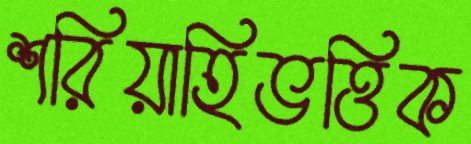
শরিয়াহিভত্তিক